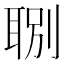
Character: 𦖇